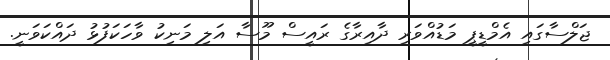
ޖަލްސާގައި އެމްޑީޕީ މަޑުއްވަރި ދާއިރާގެ ރައީސް މޫސާ އަލި މަނިކު ވާހަކަފުޅު ދައްކަވަނީ.